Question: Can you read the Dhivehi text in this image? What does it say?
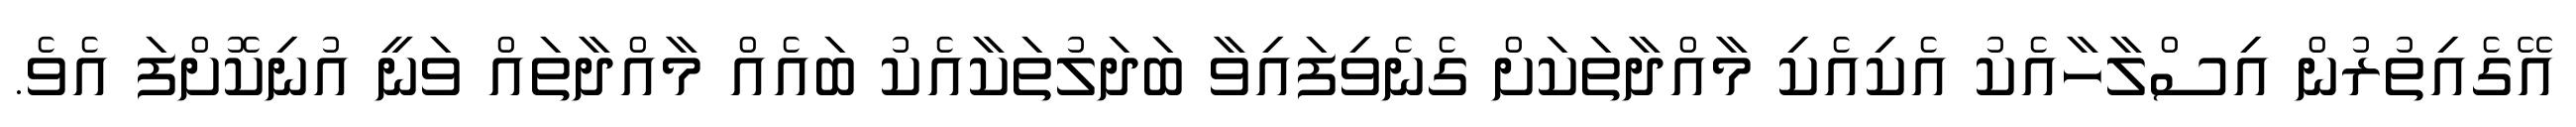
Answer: އޭގެއިތުރުން އިސްލާހާއެކު އެކިއެކި މާއްދާތަކަށް ގެނެވިފައިވާ ބަދަލުތަކާއެކު ބައެއް މާއްދާތައް ވަނީ އުނިކޮށްފަ އެވެ.